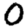
Digit: 0